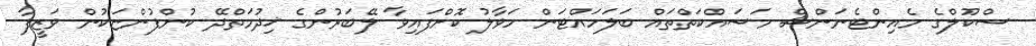
ސްކޫލްގެ މެއިންޓެނަންސް މަސައްކަތްތައް ބަލަހައްޓަން ހަވާލު ކޮށްފައިވާ ލޭބަރުންގެ ޚިދުމަތްދޭ ކުންފުންޏަކުން ވަޒީފާ